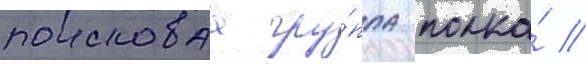
поисковаа гру́ппа полка́ //